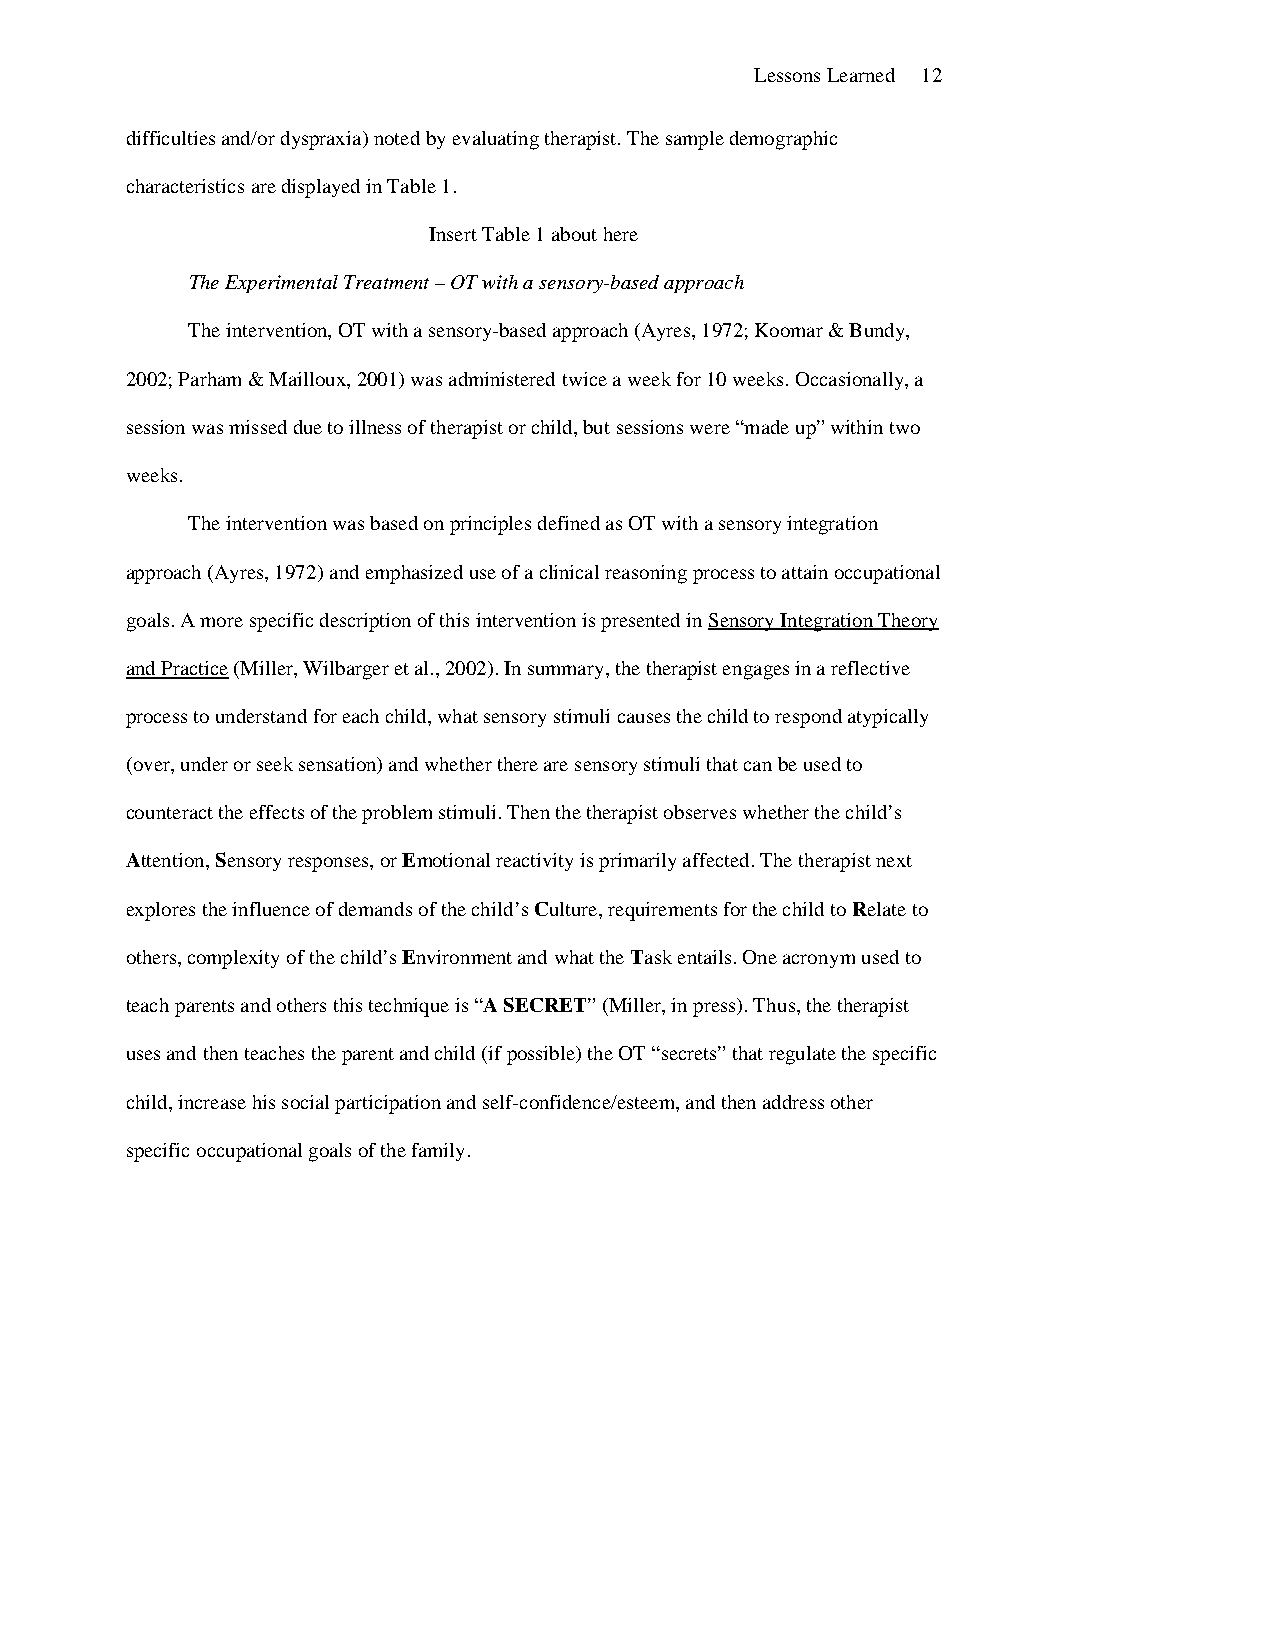
Lessons Learned 12
 difficulties and/or dyspraxia) noted by evaluating therapist. The sample demographic
 characteristics are displayed in Table 1.
 Insert Table 1 about here
 The Experimental Treatment – OT with a sensory-based approach
 The intervention, OT with a sensory-based approach (Ayres, 1972; Koomar & Bundy,
 2002; Parham & Mailloux, 2001) was administered twice a week for 10 weeks. Occasionally, a
 session was missed due to illness of therapist or child, but sessions were “made up” within two
 weeks.
 The intervention was based on principles defined as OT with a sensory integration
 approach (Ayres, 1972) and emphasized use of a clinical reasoning process to attain occupational
 goals. A more specific description of this intervention is presented in Sensory Integration Theory
 and Practice (Miller, Wilbarger et al., 2002). In summary, the therapist engages in a reflective
 process to understand for each child, what sensory stimuli causes the child to respond atypically
 (over, under or seek sensation) and whether there are sensory stimuli that can be used to
 counteract the effects of the problem stimuli. Then the therapist observes whether the child’s
 Attention, Sensory responses, or Emotional reactivity is primarily affected. The therapist next
 explores the influence of demands of the child’s Culture, requirements for the child to Relate to
 others, complexity of the child’s Environment and what the Task entails. One acronym used to
 teach parents and others this technique is “A SECRET” (Miller, in press). Thus, the therapist
 uses and then teaches the parent and child (if possible) the OT “secrets” that regulate the specific
 child, increase his social participation and self-confidence/esteem, and then address other
 specific occupational goals of the family.